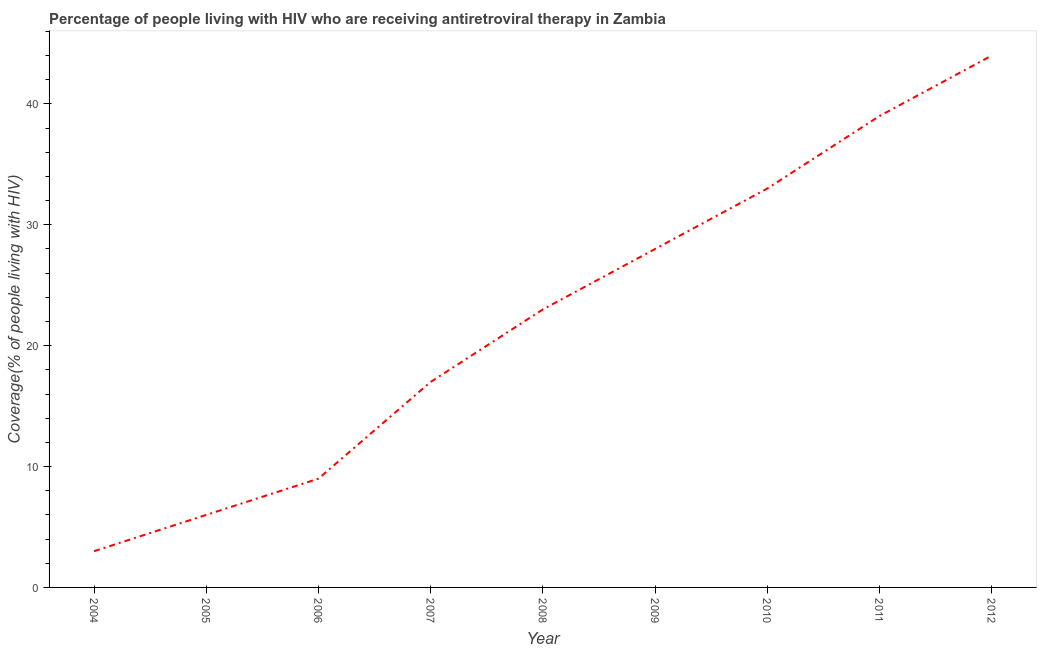
| Year | Antiretroviral therapy coverage |
 | --- | --- |
 | 2004 | 3 |
 | 2005 | 6 |
 | 2006 | 9 |
 | 2007 | 17 |
 | 2008 | 23 |
 | 2009 | 28 |
 | 2010 | 33 |
 | 2011 | 39 |
 | 2012 | 44 |